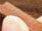
ذكرياتك